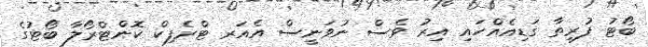
ބޯޓު ފުރިތާ ގަޑިއެއްހައި އިރު ވެސް ނުވަނީސް އެއަރ ޓްރެފިކް ކޮންޓްރޯލާ ބޯޓުގެ